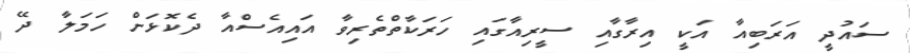
ސައުދީ އަރަބިއާ އަކީ އިރާގާއި ސީރިއާގައި ހަރަކާތްތެރިވާ އައިއެސްއާ ދެކޮޅަށް ހަމަލާ ދޭ